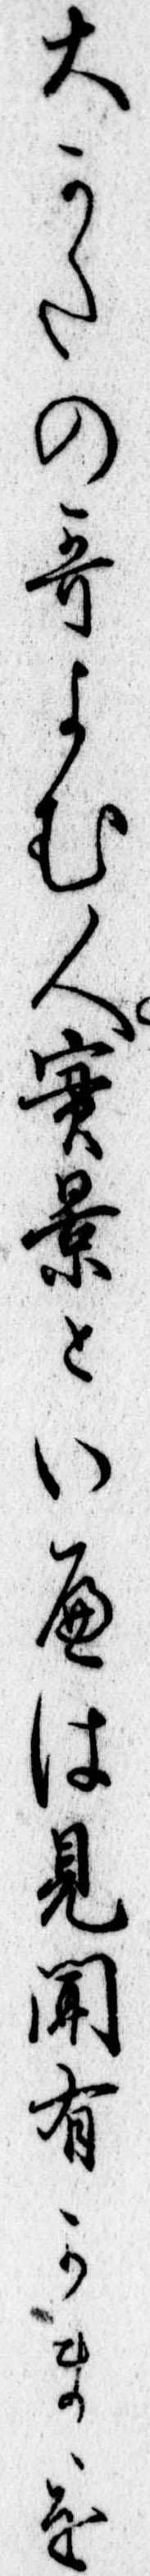
大かたの歌よむ人実景といへは見聞有かまゝを